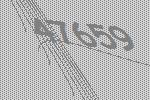
47659